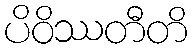
ပိဝိဿတီတိ